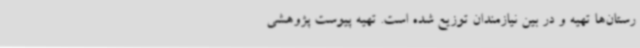
رستان‌ها تهیه و در بین نیازمندان توزیع شده است. تهیه پیوست پژوهشی